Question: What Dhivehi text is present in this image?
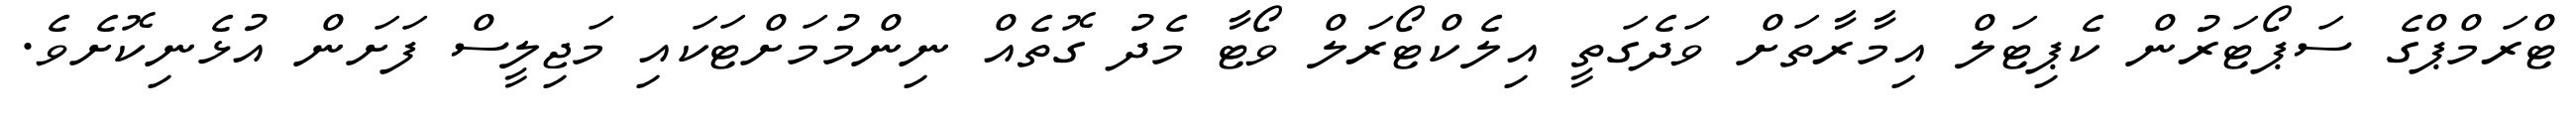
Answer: ޓްރަމްޕްގެ ސަޕޯޓަރުން ކެޕިޓަލް އިމާރާތަށް ވަދެގަތީ އިލެކްޓޯރަލް ވޯޓާ މެދު ގޮތެއް ނިންމުމަށްޓަކައި މަޖިލީސް ފަށަން އުޅެނިކޮށެވެ.